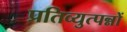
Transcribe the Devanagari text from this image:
प्रतिव्युत्पन्नों